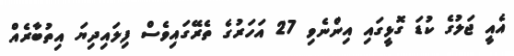
އެއީ ޖަލުގެ ކުޑަ ގޮޅީގައި އިންނެވި 27 އަހަރުގެ ތެރޭގައިވެސް ފިލައިދިޔަ އިތުބާރެއް